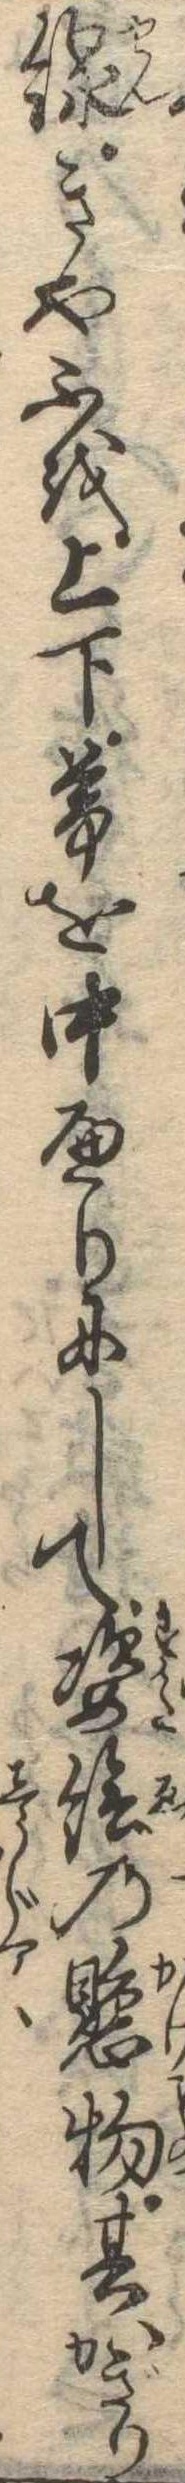
線きやふを上下帯を中へりにして姿絵の懸物其かぎり